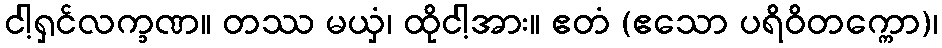
ငါ့ရှင်လက္ခဏ။ တဿ မယှံ၊ ထိုငါ့အား။ ဧတံ (ဧသော ပရိဝိတက္ကော)၊